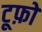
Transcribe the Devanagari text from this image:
टूफ़ो